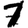
Digit: 1